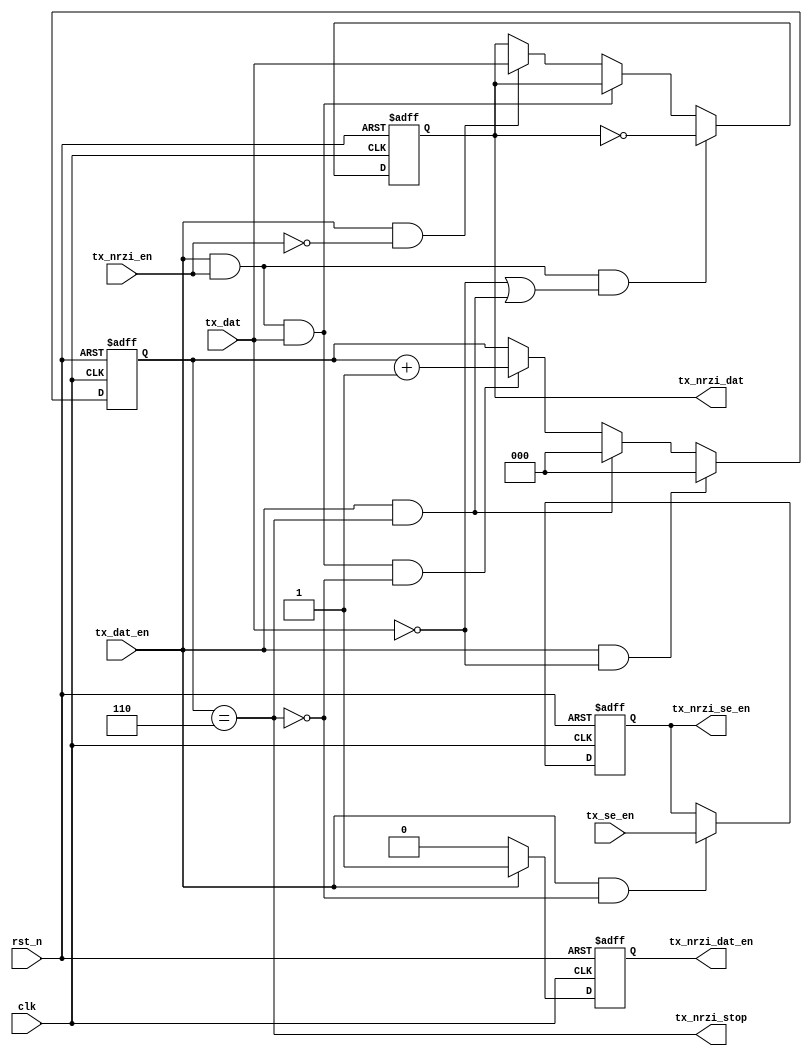
module phy_tx_nrzi(
    input      clk           ,
    input      rst_n         ,

    input      tx_dat        ,
    input      tx_dat_en     ,
    output     tx_nrzi_stop  ,
    input      tx_nrzi_en    ,
    input      tx_se_en      ,

    output reg tx_nrzi_dat   ,
    output reg tx_nrzi_dat_en,
    output reg tx_nrzi_se_en 
);

reg [2:0] clk6_cnt;

wire nrzi_flip;
wire nrzi_hold;

assign nrzi_hold = tx_dat;
assign nrzi_flip = ~tx_dat || (tx_dat_en && tx_nrzi_stop);

always@(posedge clk or negedge rst_n) begin
if(!rst_n)
    tx_nrzi_dat <= 1'b1;
else if(tx_dat_en && tx_nrzi_en && nrzi_flip)
    tx_nrzi_dat <= ~tx_nrzi_dat;
else if(tx_dat_en && tx_nrzi_en && nrzi_hold)
    tx_nrzi_dat <= tx_nrzi_dat;
else if(tx_dat_en && ~tx_nrzi_en)
    tx_nrzi_dat <= tx_dat;  
end

always@(posedge clk or negedge rst_n) begin
if(!rst_n)
    clk6_cnt <= 3'd0;
else if(tx_dat_en && ~tx_dat)
    clk6_cnt <= 3'd0;
else if(clk6_cnt == 3'd6 && tx_dat_en)
    clk6_cnt <= 3'd0;
else if(tx_dat_en && tx_nrzi_en && tx_dat && ~tx_nrzi_stop)    
    clk6_cnt <= clk6_cnt+1'b1;
end

assign tx_nrzi_stop = clk6_cnt==3'd6;

always@(posedge clk or negedge rst_n) begin
if(!rst_n)
    tx_nrzi_dat_en <= 1'b0;
else if(tx_dat_en)
    tx_nrzi_dat_en <= 1'b1;
else   
    tx_nrzi_dat_en <= 1'b0;
end

always@(posedge clk or negedge rst_n) begin
if(!rst_n)
    tx_nrzi_se_en <= 1'b0;
else if(tx_dat_en && ~tx_nrzi_stop)
    tx_nrzi_se_en <= tx_se_en;
end

endmodule